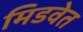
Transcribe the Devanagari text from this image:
मिडवेत